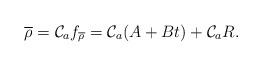
LaTeX: \begin{align*} \overline \rho = \mathcal C_a f_{\overline \rho} = \mathcal C_a (A + Bt) + \mathcal C_a R. \end{align*}